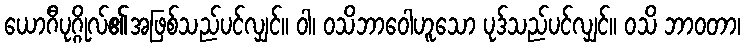
ယောဂီပုဂ္ဂိုလ်၏အဖြစ်သည်ပင်လျှင်။ ဝါ၊ ဝသိဘာဝေါဟူသော ပုဒ်သည်ပင်လျှင်။ ဝသိ ဘာဝတာ၊